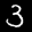
Label: 3